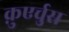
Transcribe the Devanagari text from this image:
क़ुएर्चुस